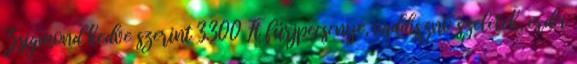
Zsigmond kedve szerint 3.300 Ft fürjpecsenye, vaddisznó szeletek, erdei